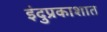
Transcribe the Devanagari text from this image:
इंदुप्रकाशात